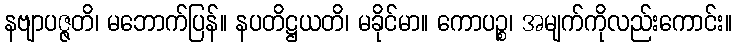
နဗျာပဇ္ဇတိ၊ မဘောက်ပြန်။ နပတိဋ္ဌယတိ၊ မခိုင်မာ။ ကောပဉ္စ၊ အမျက်ကိုလည်းကောင်း။